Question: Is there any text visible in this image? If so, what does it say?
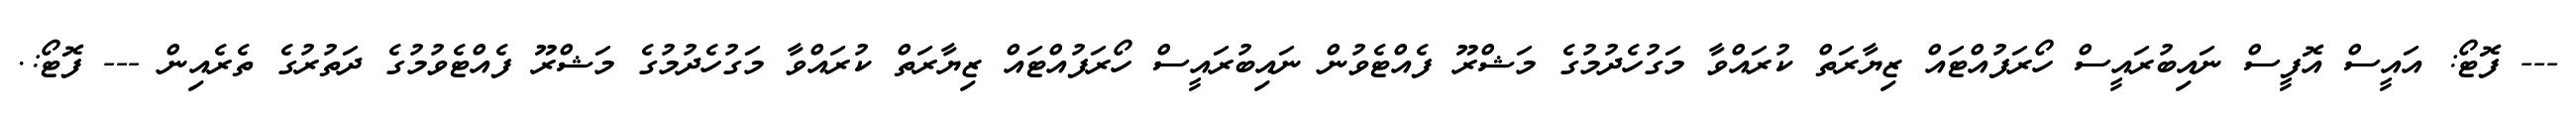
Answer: --- ފޮޓޯ: އައީސް އޮފީސް ނައިބުރައީސް ހޯރަފުއްޓައް ޒިޔާރަތް ކުރައްވާ މަގުހެދުމުގެ މަޝްރޫ ފެއްޓެވުން ނައިބުރައީސް ހޯރަފުއްޓައް ޒިޔާރަތް ކުރައްވާ މަގުހެދުމުގެ މަޝްރޫ ފެއްޓެވުމުގެ ދަތުރުގެ ތެރެއިން --- ފޮޓޯ:.